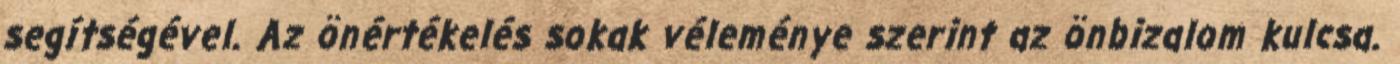
segítségével. Az önértékelés sokak véleménye szerint az önbizalom kulcsa.